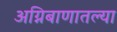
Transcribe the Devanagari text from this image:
अग्निबाणातल्या